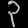
Digit: ၃